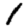
Digit: 1